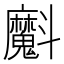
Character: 𭤞